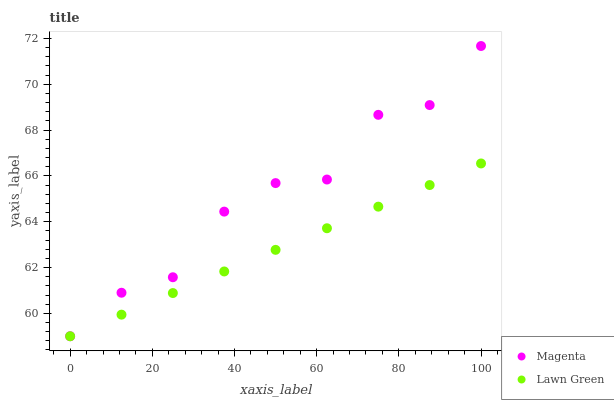
| xaxis_label | Magenta | Lawn Green |
 | --- | --- | --- |
 | 0 | 59 | 59 |
 | 12.5 | 60.9 | 59.9 |
 | 25 | 61.6 | 60.9 |
 | 37.5 | 64.4 | 61.8 |
 | 50 | 65.7 | 62.8 |
 | 62.5 | 65.8 | 63.7 |
 | 75 | 68.7 | 64.7 |
 | 87.5 | 69.1 | 65.6 |
 | 100 | 71.7 | 66.5 |